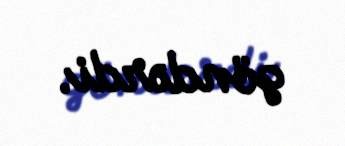
göndərdi.